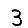
Digit: 3